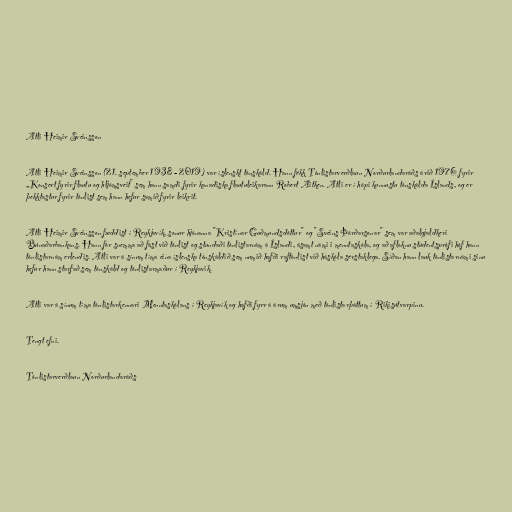
Atli Heimir Sveinsson

Atli Heimir Sveinsson (21. september 1938 - 2019) var íslenskt tónskáld. Hann fékk Tónlistarverðlaun Norðurlandaráðs árið 1976 fyrir
„Konsert fyrir flautu og hljómsveit" sem hann samdi fyrir kanadiska flautuleikarann Robert Aitken. Atli er í hópi kunnustu tónskálda Íslands, og er
þekktastur fyrir tónlist sem hann hefur samið fyrir leikrit.

Atli Heimir Sveinsson fæddist í Reykjavík, sonur hjónanna "Kristínar Guðmundsdóttur" og "Sveins Þórðarsonar" sem var aðalgjaldkeri
Búnaðarbankans. Hann fór snemma að fást við tónlist og stundaði tónlistarnám á Íslandi, ásamt námi i menntaskóla, og að afloknu stúdentsprófi hóf hann
tónlistarnám erlendis. Atli var á sínum tíma eina íslenska tónskáldið sem numið hafði raftónlist við háskóla sérstaklega. Síðan hann lauk tónlistarnámi sinu
hefur hann starfað sem tónskáld og tónlistarmaður í Reykjavik.

Atli var á sínum tíma tónlistarkennari Menntaskólans í Reykjavík og hafði fyrr á árum umsjón með tónlistarþáttum í Rikisútvarpinu.

Tengt efni.

Tónlistarverðlaun Norðurlandaráðs